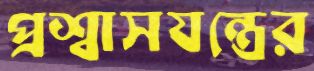
প্রশ্বাসযন্ত্রের